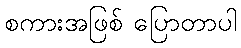
စကားအဖြစ် ပြောတာပါ